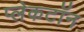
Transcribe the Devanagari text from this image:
प्लेकटॉन